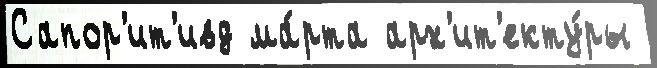
Сапор'ит'ивд ма́рта арх'ит'екту́ры